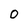
Character: O